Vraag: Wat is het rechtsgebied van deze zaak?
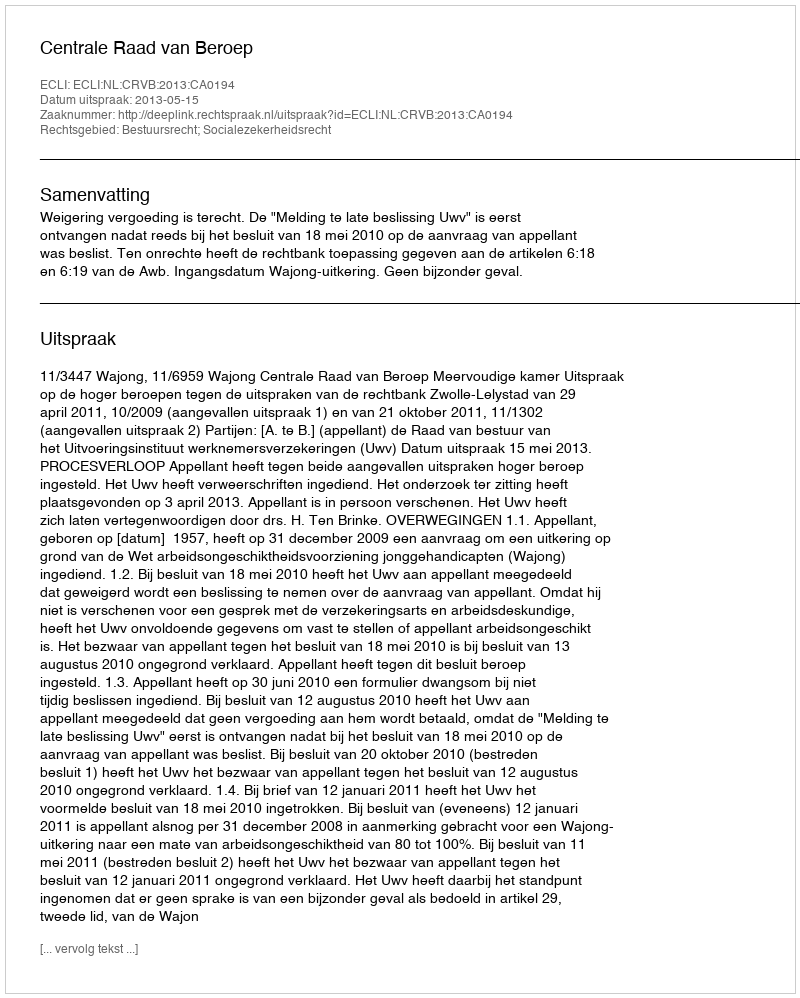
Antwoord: Bestuursrecht; Socialezekerheidsrecht